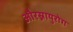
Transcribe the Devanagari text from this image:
औरस्नायुरोग